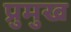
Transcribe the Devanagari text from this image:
प्रुमुख